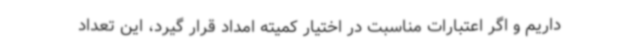
داریم و اگر اعتبارات مناسبت در اختیار کمیته امداد قرار گیرد، این تعداد